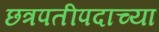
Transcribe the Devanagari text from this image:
छत्रपतीपदाच्या